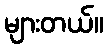
များတယ်။